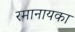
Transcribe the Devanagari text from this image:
रमानायका